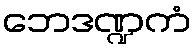
ဘေဒဏ္ဍကံ